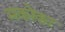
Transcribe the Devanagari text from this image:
मकोका